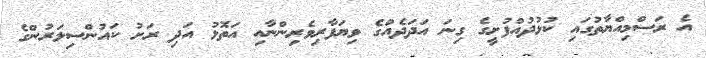
އެ ރަސްމިއްޔާތުގައި ކުޅުދުއްފުށީގެ ގިނަ އަދަދެއްގެ ވިޔަފާރިވެރިންނާއި އަތޮޅު އަދި ރަށު ކައުންސިލަރުންގެ